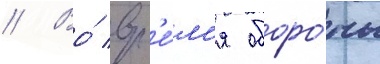
// Во́ вр'е́м'я оборо́ны